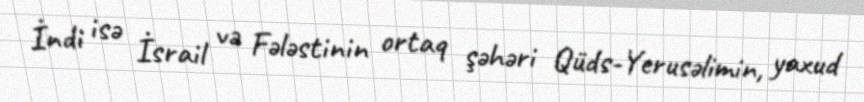
İndi isə İsrail və Fələstinin ortaq şəhəri Qüds-Yerusəlimin, yaxud